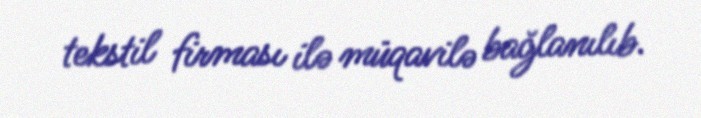
tekstil firması ilə müqavilə bağlanılıb.